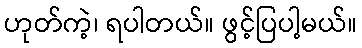
ဟုတ်ကဲ့၊ ရပါတယ်။ ဖွင့်ပြပါ့မယ်။